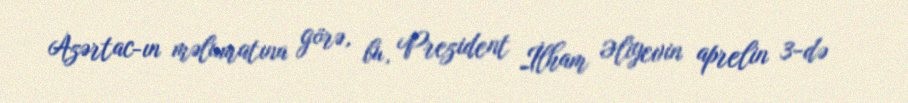
Azərtac-ın məlumatına görə, bu, Prezident İlham Əliyevin aprelin 3-də